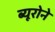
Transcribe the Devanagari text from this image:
ब्यूरोने